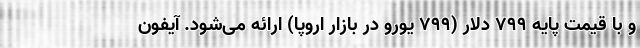
و با قیمت پایه ۷۹۹ دلار (۷۹۹ یورو در بازار اروپا) ارائه می‌شود. آیفون